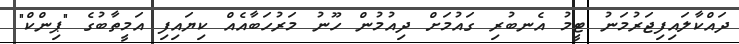
ދައްކާލައިފިޖަރުމަނު ޓީމު އެނބުރި ގައުމަށް ދިއުމުން ހޫނު މަރުހަބާއެއް ކިޔައިފި އަމީތާބުގެ "ޕިންކް"